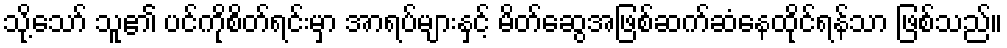
သို့သော် သူ၏ ပင်ကိုစိတ်ရင်းမှာ အာရပ်များနှင့် မိတ်ဆွေအဖြစ်ဆက်ဆံနေထိုင်ရန်သာ ဖြစ်သည်။